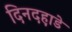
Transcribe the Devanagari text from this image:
दिनदह़ाडे